Report on sanitation, dispensaries, and jails in Rajputana for 1914, and on vaccination for the year 1914-1915 - 1914-1915
Year: 1914
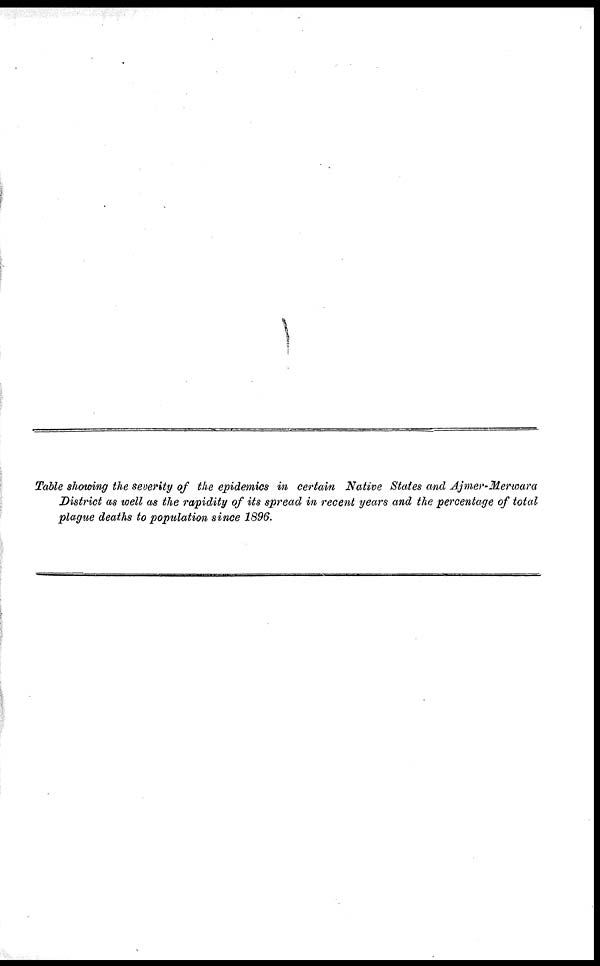
Table showing the severity of the epidemics in certain Native States and Ajmer-Merwara
District as well as the rapidity of its spread in recent years and the percentage of total
plague deaths to population since 1896.